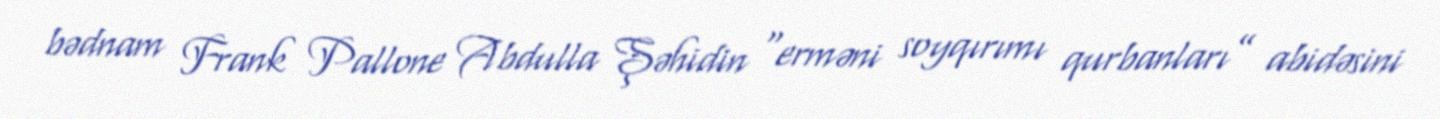
bədnam Frank Pallone Abdulla Şəhidin “erməni soyqırımı qurbanları” abidəsini